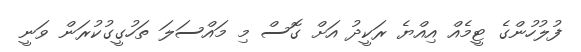
ފުލުހުންގެ ޓީމެއް އިއްޔެ ރަކީދު އަށް ގޮސް މި މައްސަލަ ތަހުގީގުކުރަން ވަނީ